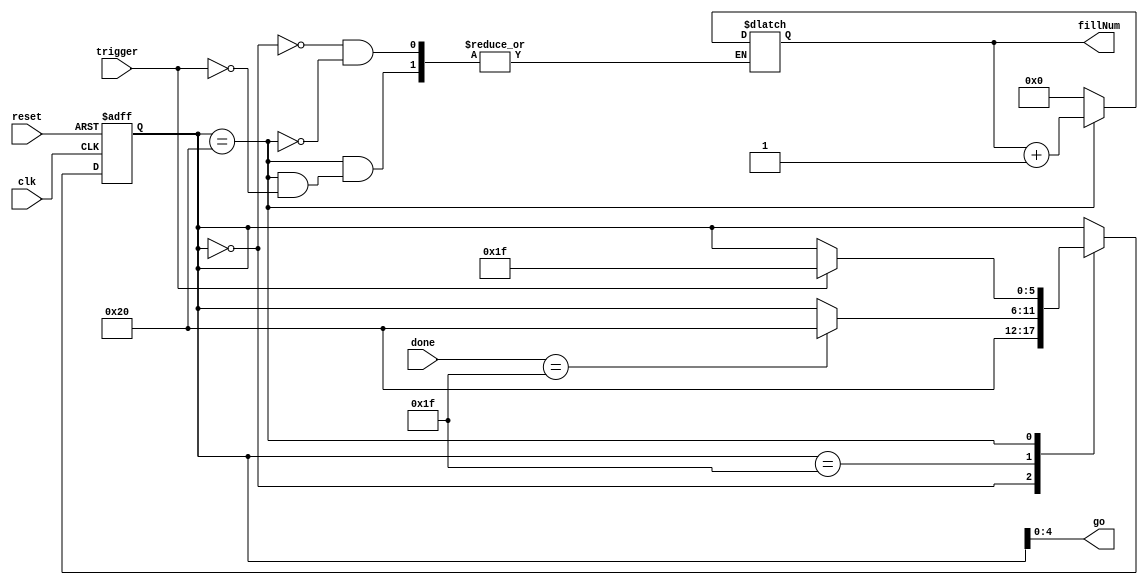

// Created by fizzim.pl version 4.42 on 2014:04:21 at 18:53:48 (www.fizzim.com)

module triggerManager (
  output reg [7:0] fillNum,
  output wire [4:0] go,
  input wire clk,
  input wire [4:0] done,
  input wire reset,
  input wire trigger 
);
  
  // state bits
  parameter 
  RESET = 6'b000000, // extra=0 go[4:0]=00000 
  FILL  = 6'b011111, // extra=0 go[4:0]=11111 
  IDLE  = 6'b100000; // extra=1 go[4:0]=00000 
  
  reg [5:0] state;
  reg [5:0] nextstate;
  
  // comb always block
  always @* begin
    nextstate = state; // default to hold value because implied_loopback is set
    fillNum[7:0] = fillNum[7:0]; // default
    case (state)
      RESET: begin
        // Warning C7: Combinational output fillNum[7:0] is assigned on transitions, but has a non-default value "0" in state RESET 
        fillNum[7:0] = 0;
        begin
          nextstate = IDLE;
        end
      end
      FILL : begin
        if (done[4:0]==5'b11111) begin
          nextstate = IDLE;
        end
      end
      IDLE : begin
        if (trigger) begin
          nextstate = FILL;
          fillNum[7:0] = fillNum[7:0]+1;
        end
      end
    endcase
  end
  
  // Assign reg'd outputs to state bits
  assign go[4:0] = state[4:0];
  
  // sequential always block
  always @(posedge clk or negedge reset) begin
    if (!reset)
      state <= RESET;
    else
      state <= nextstate;
  end
  
  // This code allows you to see state names in simulation
  `ifndef SYNTHESIS
  reg [39:0] statename;
  always @* begin
    case (state)
      RESET:
        statename = "RESET";
      FILL :
        statename = "FILL";
      IDLE :
        statename = "IDLE";
      default:
        statename = "XXXXX";
    endcase
  end
  `endif

endmodule